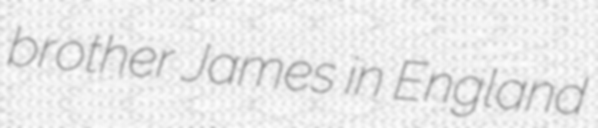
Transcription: brother James in England